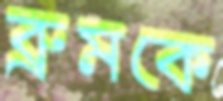
ব্রুমকে